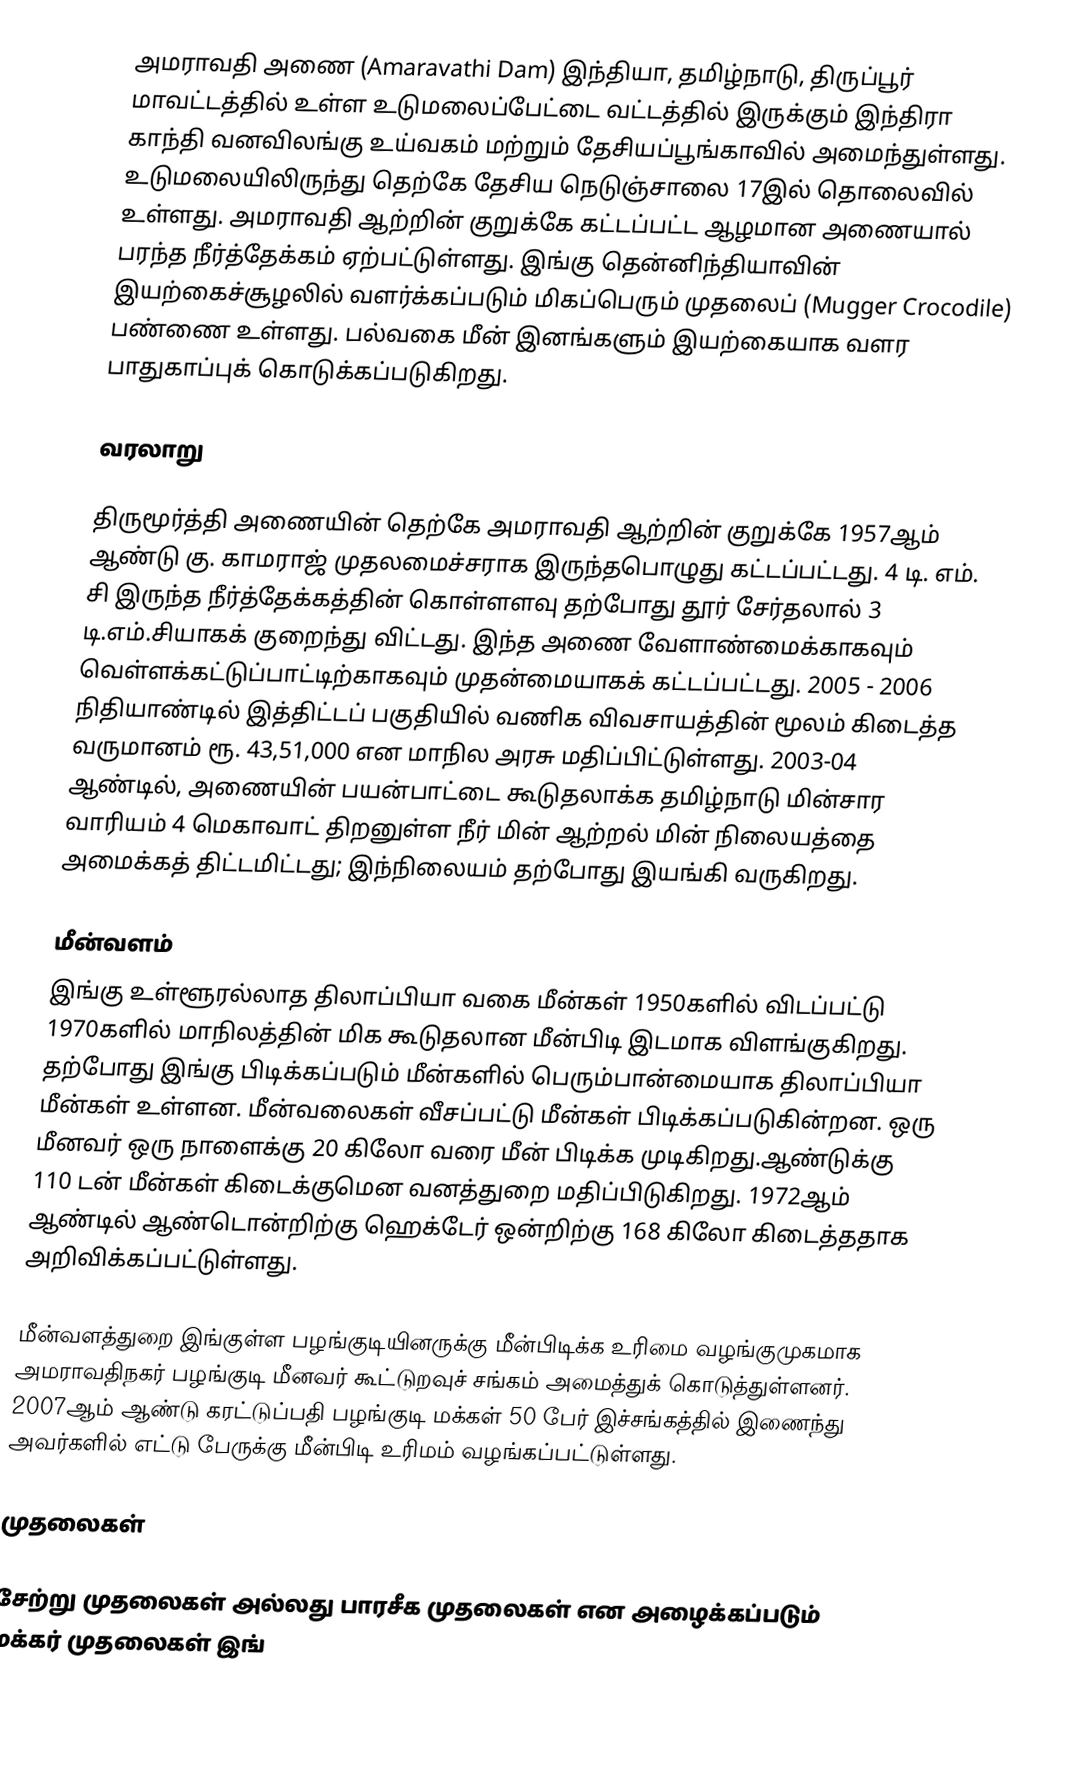
அமராவதி அணை  (Amaravathi Dam) இந்தியா, தமிழ்நாடு, திருப்பூர் மாவட்டத்தில் உள்ள உடுமலைப்பேட்டை வட்டத்தில் இருக்கும் இந்திரா காந்தி வனவிலங்கு உய்வகம் மற்றும் தேசியப்பூங்காவில் அமைந்துள்ளது. உடுமலையிலிருந்து தெற்கே தேசிய நெடுஞ்சாலை 17இல்   தொலைவில் உள்ளது.   அமராவதி ஆற்றின் குறுக்கே கட்டப்பட்ட ஆழமான அணையால்  பரந்த நீர்த்தேக்கம் ஏற்பட்டுள்ளது. இங்கு தென்னிந்தியாவின் இயற்கைச்சூழலில் வளர்க்கப்படும் மிகப்பெரும் முதலைப் (Mugger Crocodile) பண்ணை  உள்ளது. பல்வகை மீன் இனங்களும் இயற்கையாக வளர பாதுகாப்புக் கொடுக்கப்படுகிறது.

வரலாறு

திருமூர்த்தி அணையின் தெற்கே அமராவதி ஆற்றின் குறுக்கே 1957ஆம் ஆண்டு கு. காமராஜ் முதலமைச்சராக இருந்தபொழுது கட்டப்பட்டது. 4 டி. எம். சி இருந்த நீர்த்தேக்கத்தின் கொள்ளளவு தற்போது தூர் சேர்தலால் 3 டி.எம்.சியாகக் குறைந்து விட்டது.  இந்த அணை வேளாண்மைக்காகவும் வெள்ளக்கட்டுப்பாட்டிற்காகவும் முதன்மையாகக் கட்டப்பட்டது. 2005 - 2006 நிதியாண்டில் இத்திட்டப் பகுதியில் வணிக விவசாயத்தின் மூலம் கிடைத்த வருமானம் ரூ. 43,51,000 என மாநில அரசு மதிப்பிட்டுள்ளது.    2003-04 ஆண்டில், அணையின் பயன்பாட்டை கூடுதலாக்க தமிழ்நாடு மின்சார வாரியம் 4 மெகாவாட் திறனுள்ள நீர் மின் ஆற்றல் மின் நிலையத்தை அமைக்கத் திட்டமிட்டது; இந்நிலையம் தற்போது இயங்கி வருகிறது.

மீன்வளம்
இங்கு உள்ளூரல்லாத திலாப்பியா வகை மீன்கள் 1950களில் விடப்பட்டு 1970களில் மாநிலத்தின் மிக கூடுதலான மீன்பிடி இடமாக விளங்குகிறது. தற்போது இங்கு பிடிக்கப்படும் மீன்களில் பெரும்பான்மையாக திலாப்பியா மீன்கள் உள்ளன. மீன்வலைகள் வீசப்பட்டு மீன்கள் பிடிக்கப்படுகின்றன. ஒரு மீனவர் ஒரு நாளைக்கு 20 கிலோ வரை மீன் பிடிக்க முடிகிறது.ஆண்டுக்கு 110 டன் மீன்கள் கிடைக்குமென வனத்துறை மதிப்பிடுகிறது. 1972ஆம் ஆண்டில் ஆண்டொன்றிற்கு ஹெக்டேர் ஒன்றிற்கு 168 கிலோ கிடைத்ததாக அறிவிக்கப்பட்டுள்ளது.

மீன்வளத்துறை இங்குள்ள பழங்குடியினருக்கு மீன்பிடிக்க உரிமை வழங்குமுகமாக அமராவதிநகர் பழங்குடி மீனவர் கூட்டுறவுச் சங்கம் அமைத்துக் கொடுத்துள்ளனர். 2007ஆம் ஆண்டு கரட்டுப்பதி பழங்குடி மக்கள் 50 பேர் இச்சங்கத்தில் இணைந்து அவர்களில் எட்டு பேருக்கு மீன்பிடி உரிமம் வழங்கப்பட்டுள்ளது.

முதலைகள்

சேற்று முதலைகள் அல்லது பாரசீக முதலைகள் என அழைக்கப்படும் மக்கர் முதலைகள் இங்